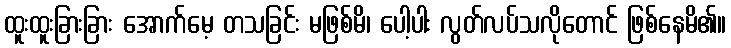
ထူးထူးခြားခြား အောက်မေ့ တသခြင်း မဖြစ်မိ၊ ပေါ့ပါး လွတ်လပ်သလိုတောင် ဖြစ်နေမိ၏။